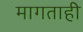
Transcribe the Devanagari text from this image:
मागताही